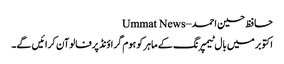
حافظ حسین احمد – Ummat News
اکتوبرمیں بال ٹیمپرنگ کے ماہر کو ہوم گراؤنڈ پرفالوآن کرائیں گے۔